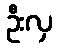
ဦးလှ